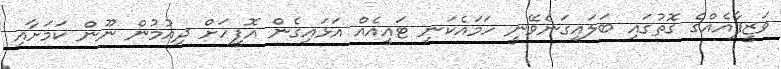
ވަޒީފާއެއްގެ ގޮތުގައި ބަލައިގަނެވޭނީ ހަމައެކަނި ޓައީއެއް އަޅައިގެން އޮފީހަށް ދިއުމުން ނޫން ކަމަށާއި